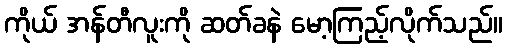
ကိုယ် အန်တီလူးကို ဆတ်ခနဲ မော့ကြည့်လိုက်သည်။